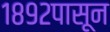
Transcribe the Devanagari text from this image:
१८९२पासून